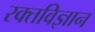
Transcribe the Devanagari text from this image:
रक्तविज्ञान